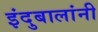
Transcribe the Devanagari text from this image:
इंदुबालांनी